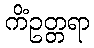
ကိံဥတ္တရာ